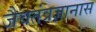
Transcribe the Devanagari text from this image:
जैवतंत्रज्ञानास